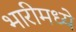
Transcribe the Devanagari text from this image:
भारीमध्ये